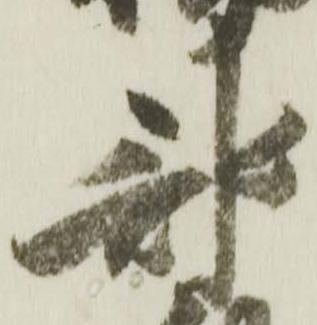
部